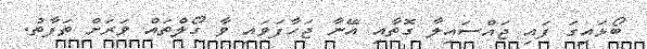
ބޯޅައިގަ ފައި ޖައްސައިލާ ގޮތާއި އޭނާ ޖަހާފަވައި ވާ ގޯލްތައް ވަރަށް ތަފާތު.